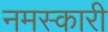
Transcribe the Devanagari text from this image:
नमस्कारी